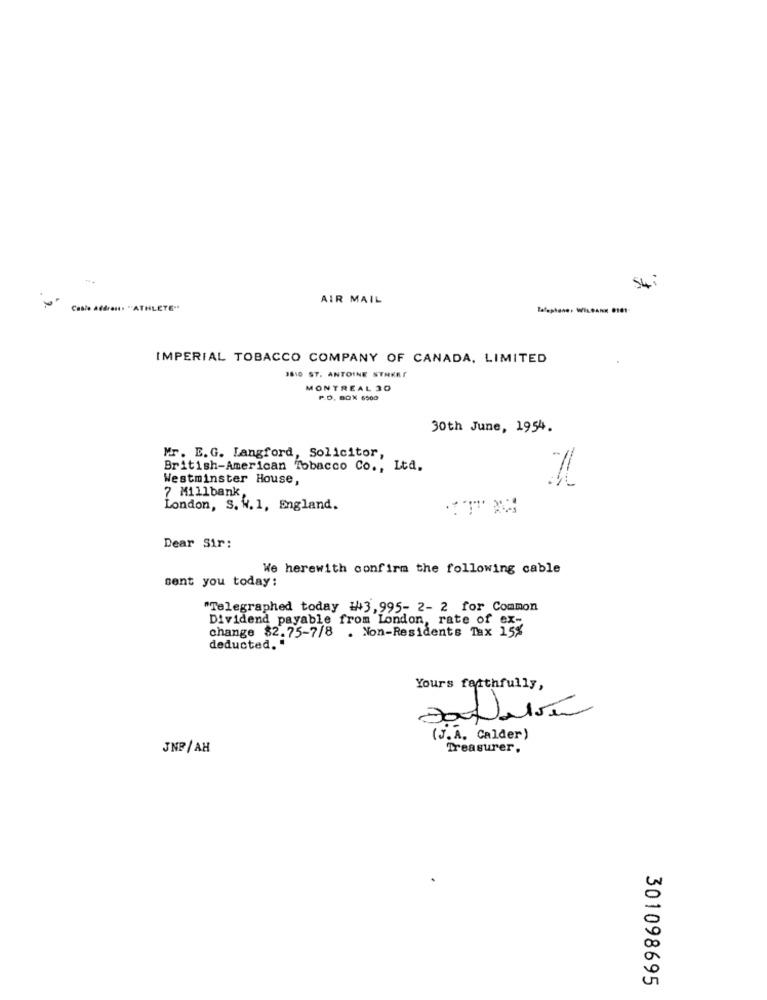
AIR MAIL
Casie Atéren. "ATHLETE"
IMPERIAL TOBACCO COMPANY OF CANADA, LIMITED
3810 ST. ANTOINE STRRAT
MONTREAL 30
P.O. BOX 6500
30th June, 1954.
Mr. E.G. Langford, Solicitor,
British-American Tobacco Co ., Ltd.
Westminster House,
7 Millbank,
London, S. W. 1, England.
Dear Sir:
We herewith confirm the following cable
sent you today:
"Telegraphed today :443, 995- 2- 2 for Common
Dividend payable from London, rate of ex-
change 82.75-7/8 . Non-Residents Tax 15%
deducted. "
Yours faithfully,
(J. A. Calder)
JNP/ AH
Treasurer.
301098695